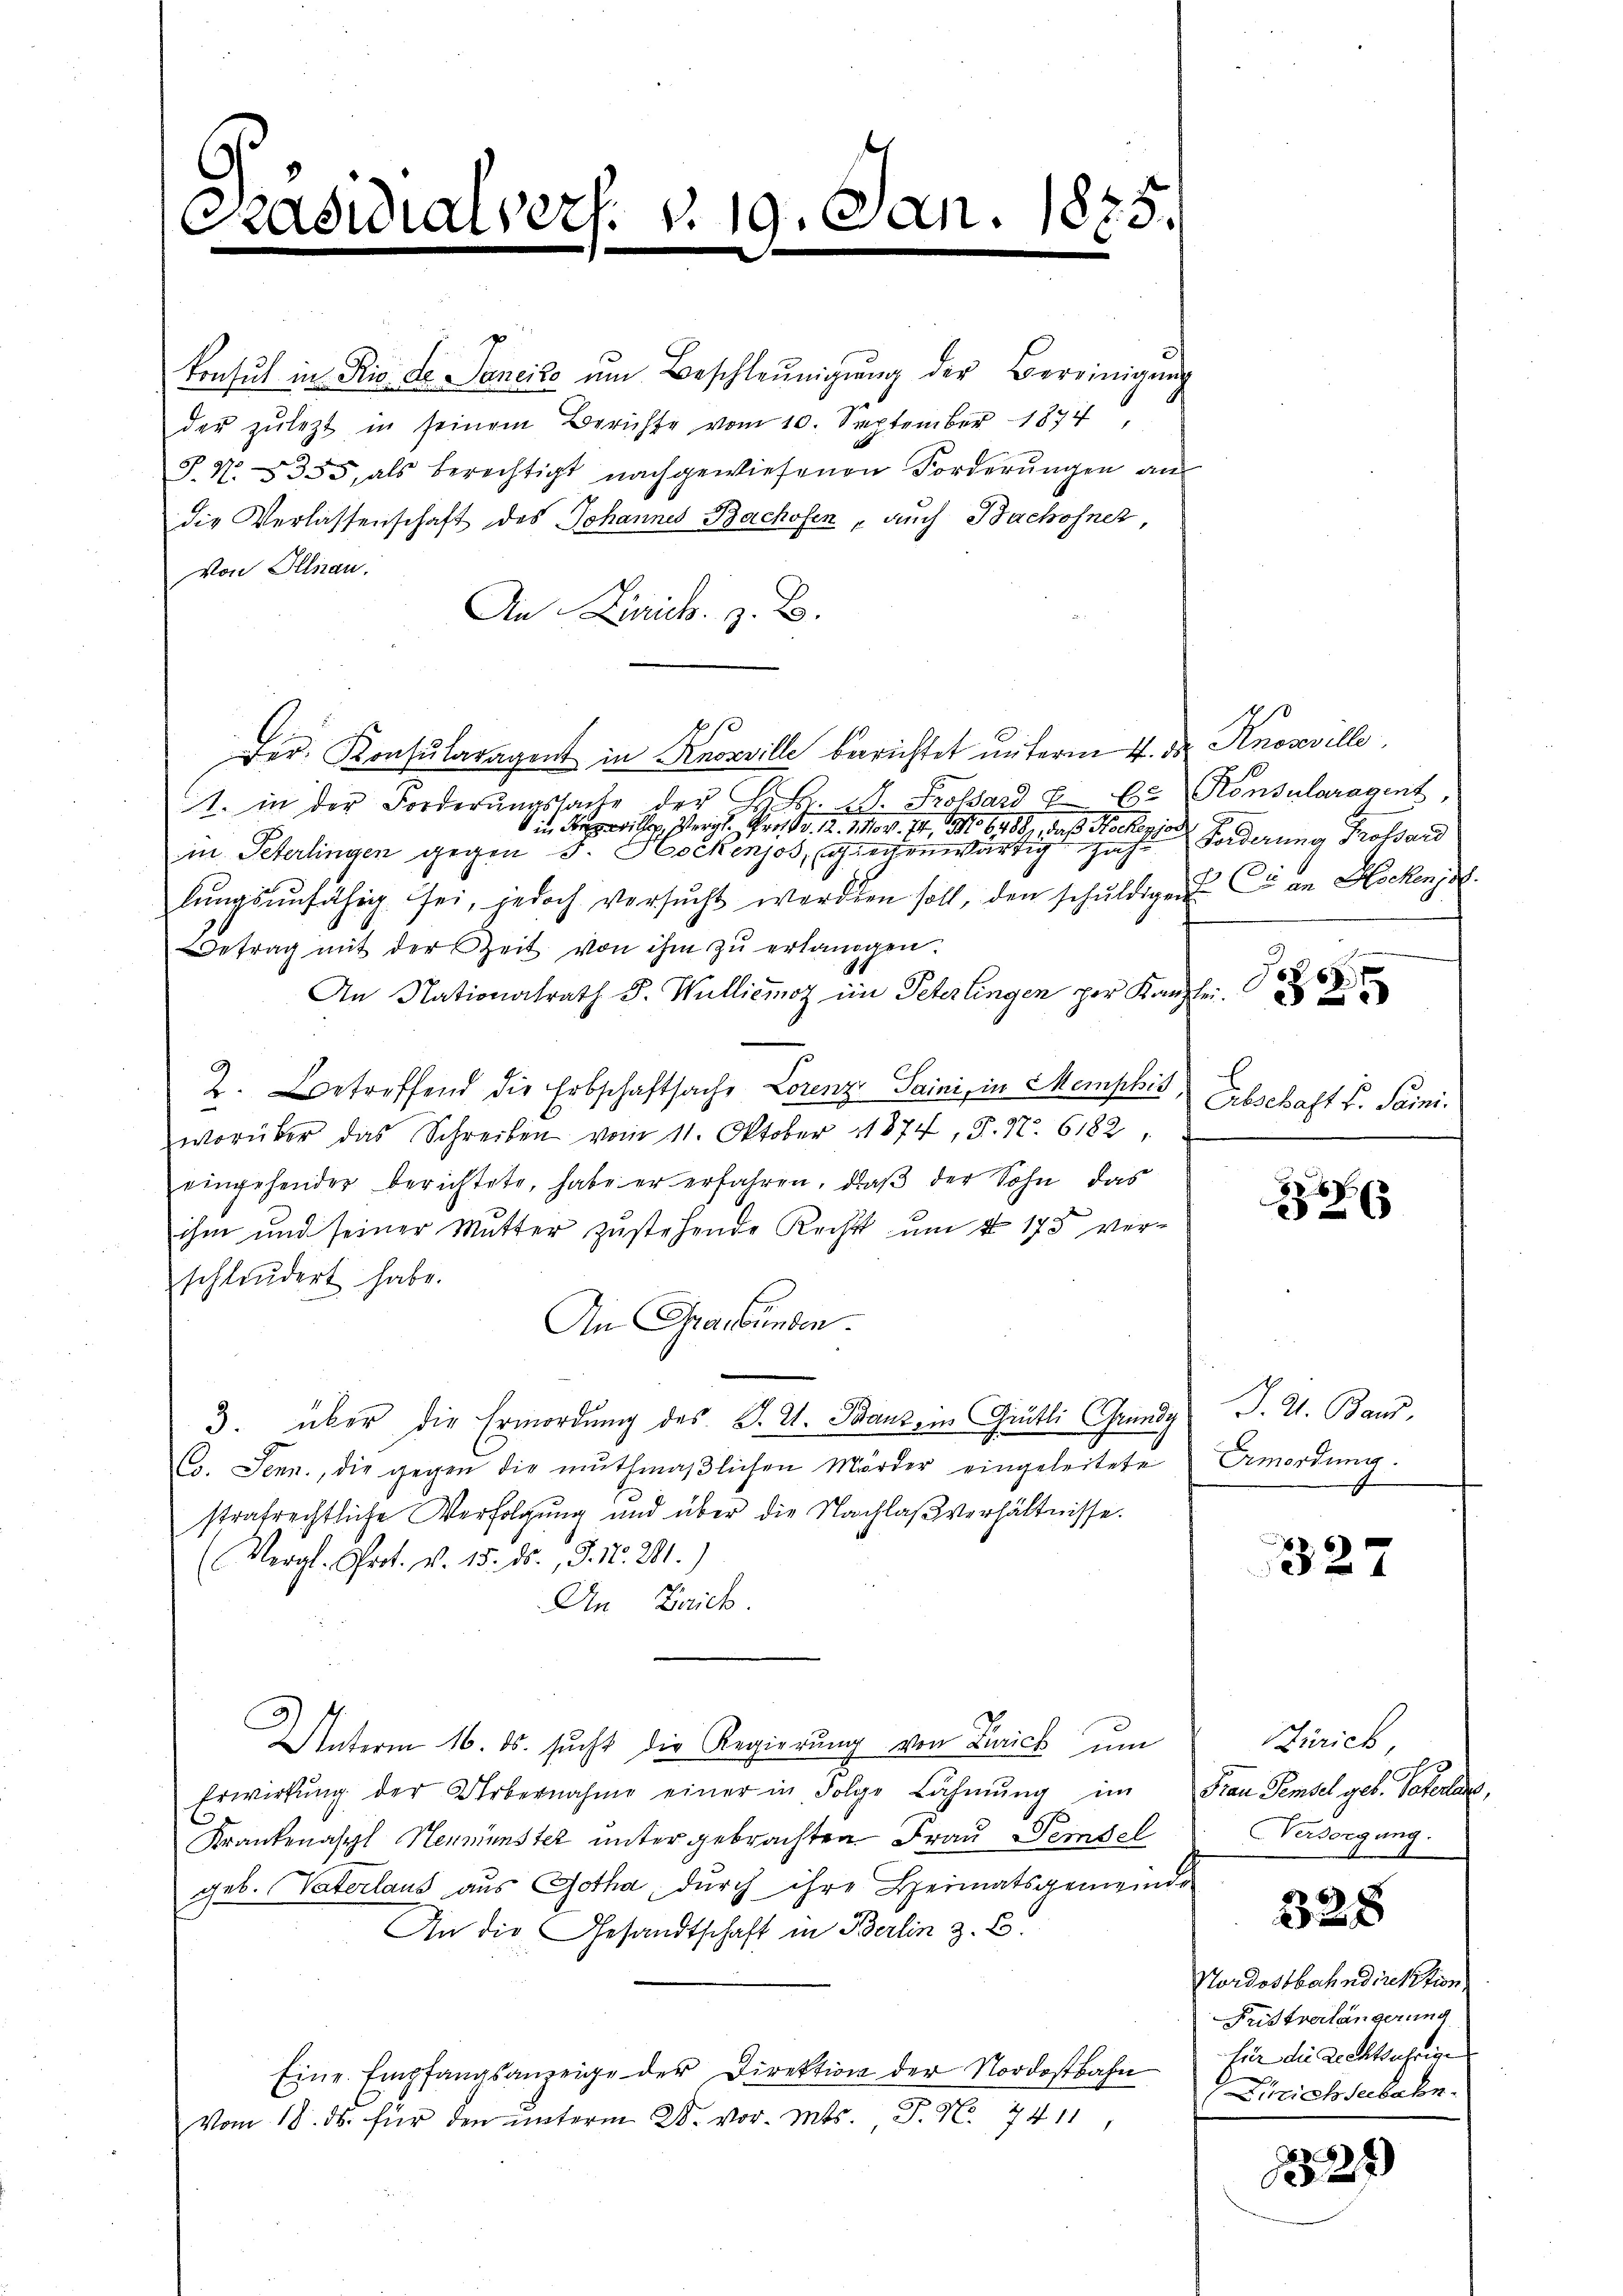
Präsidia

p
konsul in Rio de Sancize ŭm Beschleunigung der Bereinigung
der zŭ lezt in seinem Berichte vom 10. September 1874,
P. Nr. 355, als berechtigt nachgewiesenen Forderŭngen an
die Verlassenschaft des Johannes Bachofen - auch Bachofner,
Von Illnau.
An Zürich. z. B.
Der. Konsularagent in Knorville berichtet unterm 4. der Knosville,
1. in der Forderŭngssache der H. d. M. Prossard E. E. Konsularagent
.2. 11. 74, No 6488, daß Hochenjode
in Peterlingen gegen J. Hockenjos, gegenwärtig Jahr Forderung Trossard
lŭngsŭnfähig sei, jedoch versŭcht worden soll, den schŭldigen Cie an Hockens de
Betrag mit der Zeit von ihm zu erlangen.
An Nationalrath J. Wulliemoz im Peterlingen per Kanzlei.
2. Betreffend die Erbschaftsache Lorenz Saini, in Memphis
worüber das Schreiben vom 11. Oktober 1874, F. 17. 6182
eingehender berichtete, habe er erfahren, daß der Sohn das
ihm und seiner Mutter zustehende Recht um N 173 ver-
schleudert habe.
An Graubünden.
3. über die Ermordung des J. St. Ganz ein Grütli Grundy
C. Jenn., die gegen die muthmaßlichen Mörder eingeleitete Ermordung.
strafrechtliche Verfolgung und über die Nachlaßverhältnisse.
(Vergl. Prot. v. 15. ds., §. 15. 281.)
An Frick
Unterm 16. ds. sucht die Regierung von Druck um
Erwirkŭng der Uebernahme einer in Folge Lahnŭng im Frau Semsel geb. Paterlang
Krankenasyl Neumünster unter gebrachten Frau demsel
geb. Vaterlaus aus Gotha, durch ihre Heimatsgemeinde
An die Gesandtschaft in Berlin z. B.
Eine Empfangsanzeige der Direktion der Nordostbahn Ein die Rechtsährige
Vom 18. ds. für den ŭnterm 28. vor. Mts., P. Nr. 7411,

vers. v. 19. Jan. 1875.
.

.
69
325

Erbschaft v. Saini.

1853

J. A. Band,

327

Zürich
Versorgung.

328

Nordostbahndirektion
Fristverlängerung

Zürichseebahn.

1524